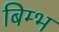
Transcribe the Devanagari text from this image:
बिम्भ